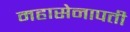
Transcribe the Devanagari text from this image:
महासेनापती